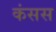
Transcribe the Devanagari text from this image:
कंसस